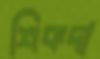
শিকদা